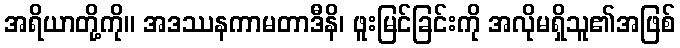
အရိယာတို့ကို။ အဒဿနကာမတာဒီနိ၊ ဖူးမြင်ခြင်းကို အလိုမရှိသူ၏အဖြစ်